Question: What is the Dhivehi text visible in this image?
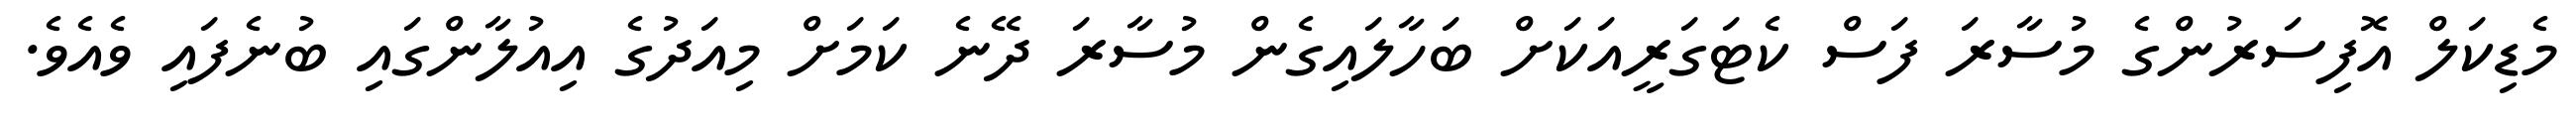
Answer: މެޑިކަލް އޮފިސަރުންގެ މުސާރަ ފަސް ކެޓަގަރީއަކަށް ބަހާލައިގެން މުސާރަ ދޭނެ ކަމަށް މިއަދުގެ އިއުލާންގައި ބުނެފައި ވެއެވެ.